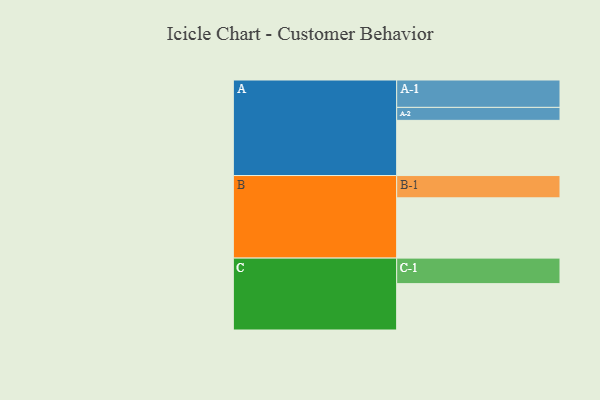
{"axis": {"x": "Segment", "y": "Value"}, "legend": ["", "A", "B", "C"], "data": [{"x": "A", "y": 532, "type": ""}, {"x": "B", "y": 581, "type": ""}, {"x": "C", "y": 447, "type": ""}, {"x": "A-1", "y": 264, "type": "A"}, {"x": "A-2", "y": 125, "type": "A"}, {"x": "B-1", "y": 215, "type": "B"}, {"x": "C-1", "y": 246, "type": "C"}]}